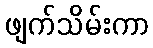
ဖျက်သိမ်းကာ